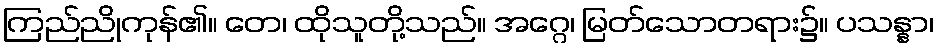
ကြည်ညိုကုန်၏။ တေ၊ ထိုသူတို့သည်။ အဂ္ဂေ၊ မြတ်သောတရား၌။ ပသန္နာ၊